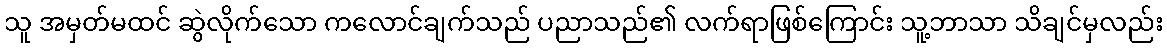
သူ အမှတ်မထင် ဆွဲလိုက်သော ကလောင်ချက်သည် ပညာသည်၏ လက်ရာဖြစ်ကြောင်း သူ့ဘာသာ သိချင်မှလည်း